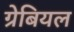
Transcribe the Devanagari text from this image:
ग्रेबियल